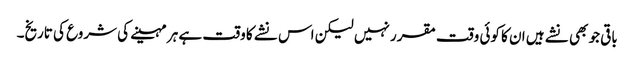
باقی جو بھی نشے ہیں ا ن کا کوئی وقت مقرر نہیں لیکن اس نشے کا وقت ہے ہر مہینے کی شروع کی تاریخ۔